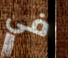
في